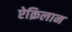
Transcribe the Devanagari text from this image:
ऐक्रिलान